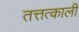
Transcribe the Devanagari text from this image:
तत्तत्कालीं